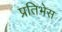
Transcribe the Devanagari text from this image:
प्रतिभेस